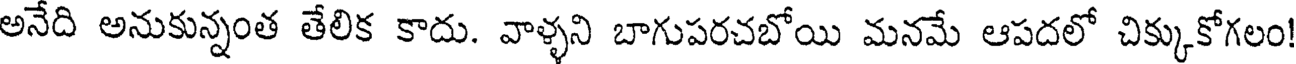
అనేది అనుకున్నంత తేలిక కాదు. వాళ్ళని బాగుపరచబోయి మనమే ఆపదలో చిక్కుకోగలం